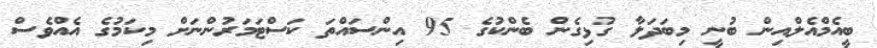
ބީއެމްއެލްއިން ބުނީ މިބަދަލާ ގުޅިގެން ބެންކުގެ 95 އިންސައްތަ ކަސްޓަމަރުންނަށް މިކަމުގެ އެއްވެސް